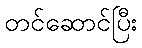
တင်ဆောင်ပြီး